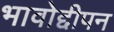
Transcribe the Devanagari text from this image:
भावोद्दीपन